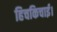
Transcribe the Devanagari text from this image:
हिचकिचाई।